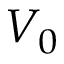
V _ { 0 }